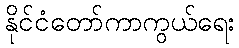
နိုင်ငံတော်ကာကွယ်ရေး